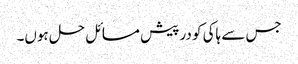
جس سے ہاکی کو در پیش مسائل حل ہوں۔